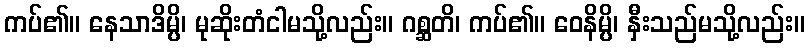
ကပ်၏။ နေသာဒိမ္ပိ၊ မုဆိုးတံငါမသို့လည်း။ ဂစ္ဆတိ၊ ကပ်၏။ ဝေနိမ္ပိ၊ နှီးသည်မသို့လည်း။